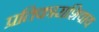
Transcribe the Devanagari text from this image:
प्रतिकाराशिवाय